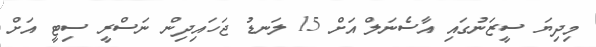
މިދިޔަ ސީޒަނުގައި އާސެނަލް އަށް 15 ލަނޑު ޖަހައިދިން ނަސްރީ ސިޓީ އަށް